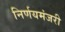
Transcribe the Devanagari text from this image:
निर्णयमंजरी